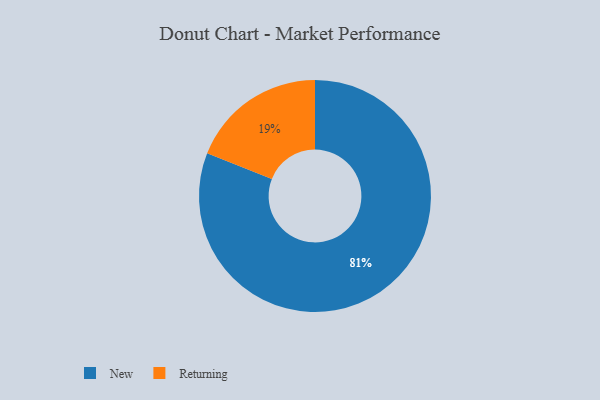
{"axis": {"x": "Category", "y": "Percentage"}, "legend": ["New", "Returning"], "data": [{"x": "New", "y": 81, "type": "New"}, {"x": "Returning", "y": 19, "type": "Returning"}]}